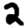
Digit: 2